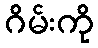
ဂိမ်းကို